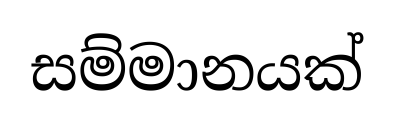
සම්මානයක්